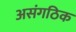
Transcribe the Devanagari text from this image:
असंगठिक